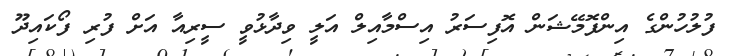
ފުލުހުންގެ އިންފޮމޭޝަން އޮފިސަރު އިސްމާއިލް އަލީ ވިދާޅުވީ ސީރިއާ އަށް ފުރި ފޯކައިދޫ